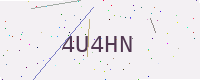
Text: 4U4HN